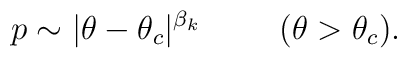
p\sim |\theta-\theta_c|^{\beta_k} \hspace{1.0cm} (\theta>\theta_c).